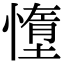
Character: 𫻃